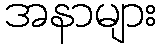
အနာများ